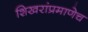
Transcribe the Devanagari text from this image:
शिखरांप्रमाणेच